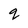
Character: q